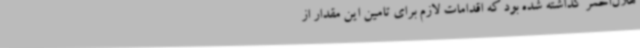
هلال‌احمر گذاشته شده بود که اقدامات لازم برای تامین این مقدار از